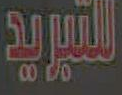
التبريد